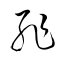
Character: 恥